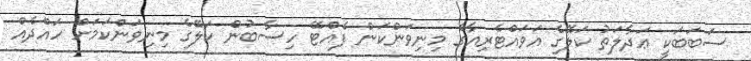
ސަބަބަކީ ޢަދާލަތު ކަލޭގެ އަވައްޓެރިއާގެ މިނިވަންކަން ފެއްޓޭ ހިސާބުން ކަލޭގެ މިނިވަންކަމަށް ހައްދެއް